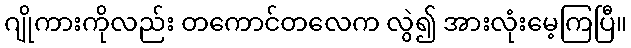
ဂျိုကားကိုလည်း တကောင်တလေက လွဲ၍ အားလုံးမေ့ကြပြီ။